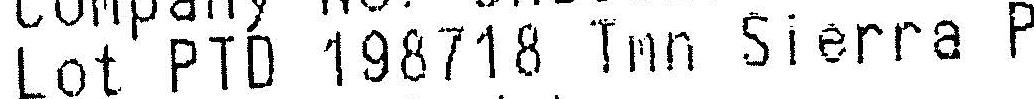
LOT PTD 198718 TMN SIERRA P